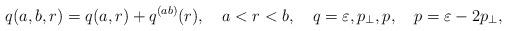
LaTeX: \begin{align*}q(a,b,r)=q(a,r)+q^{(ab)}(r),\quad a<r<b, \quad q=\varepsilon ,p_\perp ,p,\quad p=\varepsilon -2p_\perp ,\end{align*}